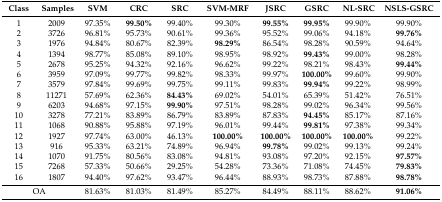
<table><thead><tr><td><b>Class</b></td><td><b>Samples</b></td><td><b>SVM</b></td><td><b>CRC</b></td><td><b>SRC</b></td><td><b>SVM-MRF</b></td><td><b>JSRC</b></td><td><b>GSRC</b></td><td><b>NL-SRC</b></td><td><b>NSLS-GSRC</b></td></tr></thead><tbody><tr><td>1</td><td>2009</td><td>97.35%</td><td><b>99.50%</b></td><td>99.40%</td><td>99.30%</td><td><b>99.55%</b></td><td><b>99.95%</b></td><td>99.90%</td><td>99.90%</td></tr><tr><td>2</td><td>3726</td><td>96.81%</td><td>95.73%</td><td>90.61%</td><td>99.36%</td><td>95.52%</td><td>99.06%</td><td>94.18%</td><td><b>99.76%</b></td></tr><tr><td>3</td><td>1976</td><td>94.84%</td><td>80.67%</td><td>82.39%</td><td><b>98.29%</b></td><td>86.54%</td><td>98.28%</td><td>90.59%</td><td>94.64%</td></tr><tr><td>4</td><td>1394</td><td>98.77%</td><td>85.08%</td><td>89.10%</td><td>98.95%</td><td>98.92%</td><td><b>99.43%</b></td><td>99.00%</td><td>98.28%</td></tr><tr><td>5</td><td>2678</td><td>95.25%</td><td>94.32%</td><td>92.16%</td><td>96.62%</td><td>99.22%</td><td>98.21%</td><td>98.43%</td><td><b>99.44%</b></td></tr><tr><td>6</td><td>3959</td><td>97.09%</td><td>99.77%</td><td>99.82%</td><td>98.33%</td><td>99.97%</td><td><b>100.00%</b></td><td>99.60%</td><td>99.90%</td></tr><tr><td>7</td><td>3579</td><td>97.84%</td><td>99.69%</td><td>99.75%</td><td>99.11%</td><td>99.83%</td><td><b>99.94%</b></td><td>99.22%</td><td>98.99%</td></tr><tr><td>8</td><td>11271</td><td>57.69%</td><td>62.36%</td><td><b>84.43%</b></td><td>69.02%</td><td>54.01%</td><td>65.39%</td><td>51.42%</td><td>76.51%</td></tr><tr><td>9</td><td>6203</td><td>94.68%</td><td>97.15%</td><td><b>99.90%</b></td><td>97.51%</td><td>98.28%</td><td>99.02%</td><td>96.34%</td><td>99.56%</td></tr><tr><td>10</td><td>3278</td><td>77.21%</td><td>83.89%</td><td>86.79%</td><td>83.89%</td><td>87.83%</td><td><b>94.45%</b></td><td>85.17%</td><td>87.16%</td></tr><tr><td>11</td><td>1068</td><td>90.88%</td><td>95.88%</td><td>97.19%</td><td>96.01%</td><td>99.44%</td><td><b>99.81%</b></td><td>97.38%</td><td>99.34%</td></tr><tr><td>12</td><td>1927</td><td>97.74%</td><td>63.00%</td><td>46.13%</td><td><b>100.00%</b></td><td><b>100.00%</b></td><td><b>100.00%</b></td><td><b>100.00%</b></td><td>99.22%</td></tr><tr><td>13</td><td>916</td><td>95.33%</td><td>63.21%</td><td>74.89%</td><td>96.94%</td><td><b>99.78%</b></td><td>99.02%</td><td>99.13%</td><td>99.24%</td></tr><tr><td>14</td><td>1070</td><td>91.75%</td><td>80.56%</td><td>83.08%</td><td>94.81%</td><td>93.08%</td><td>97.20%</td><td>92.15%</td><td><b>97.57%</b></td></tr><tr><td>15</td><td>7268</td><td>57.33%</td><td>50.66%</td><td>29.25%</td><td>54.28%</td><td>73.36%</td><td>71.08%</td><td>74.45%</td><td><b>79.83%</b></td></tr><tr><td>16</td><td>1807</td><td>94.40%</td><td>97.62%</td><td>93.47%</td><td>96.44%</td><td>88.93%</td><td>98.73%</td><td>87.88%</td><td><b>98.78%</b></td></tr><tr><td colspan="2">OA</td><td>81.63%</td><td>81.03%</td><td>81.49%</td><td>85.27%</td><td>84.49%</td><td>88.11%</td><td>88.62%</td><td><b>91.06%</b></td></tr></tbody></table>